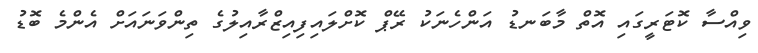
ވިއްސާ ކޮޓަރީގައި އޮތް މާބަނޑު އަންހެނަކު ރޭޕް ކޮށްލައިފިއިޒްރާއިލުގެ ތިންވަނައަށް އެންމެ ބޮޑު